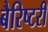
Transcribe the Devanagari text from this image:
बैरिष्टरी